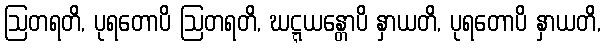
ဩတရတိ, ပုရတောပိ ဩတရတိ, ဃဋ္ဋယန္တောပိ နှာယတိ, ပုရတောပိ နှာယတိ,